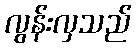
လွန်းလှသည်